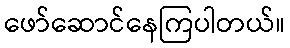
ဖော်ဆောင်နေကြပါတယ်။